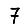
Digit: 7